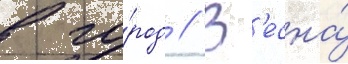
в го́род // В'есна́